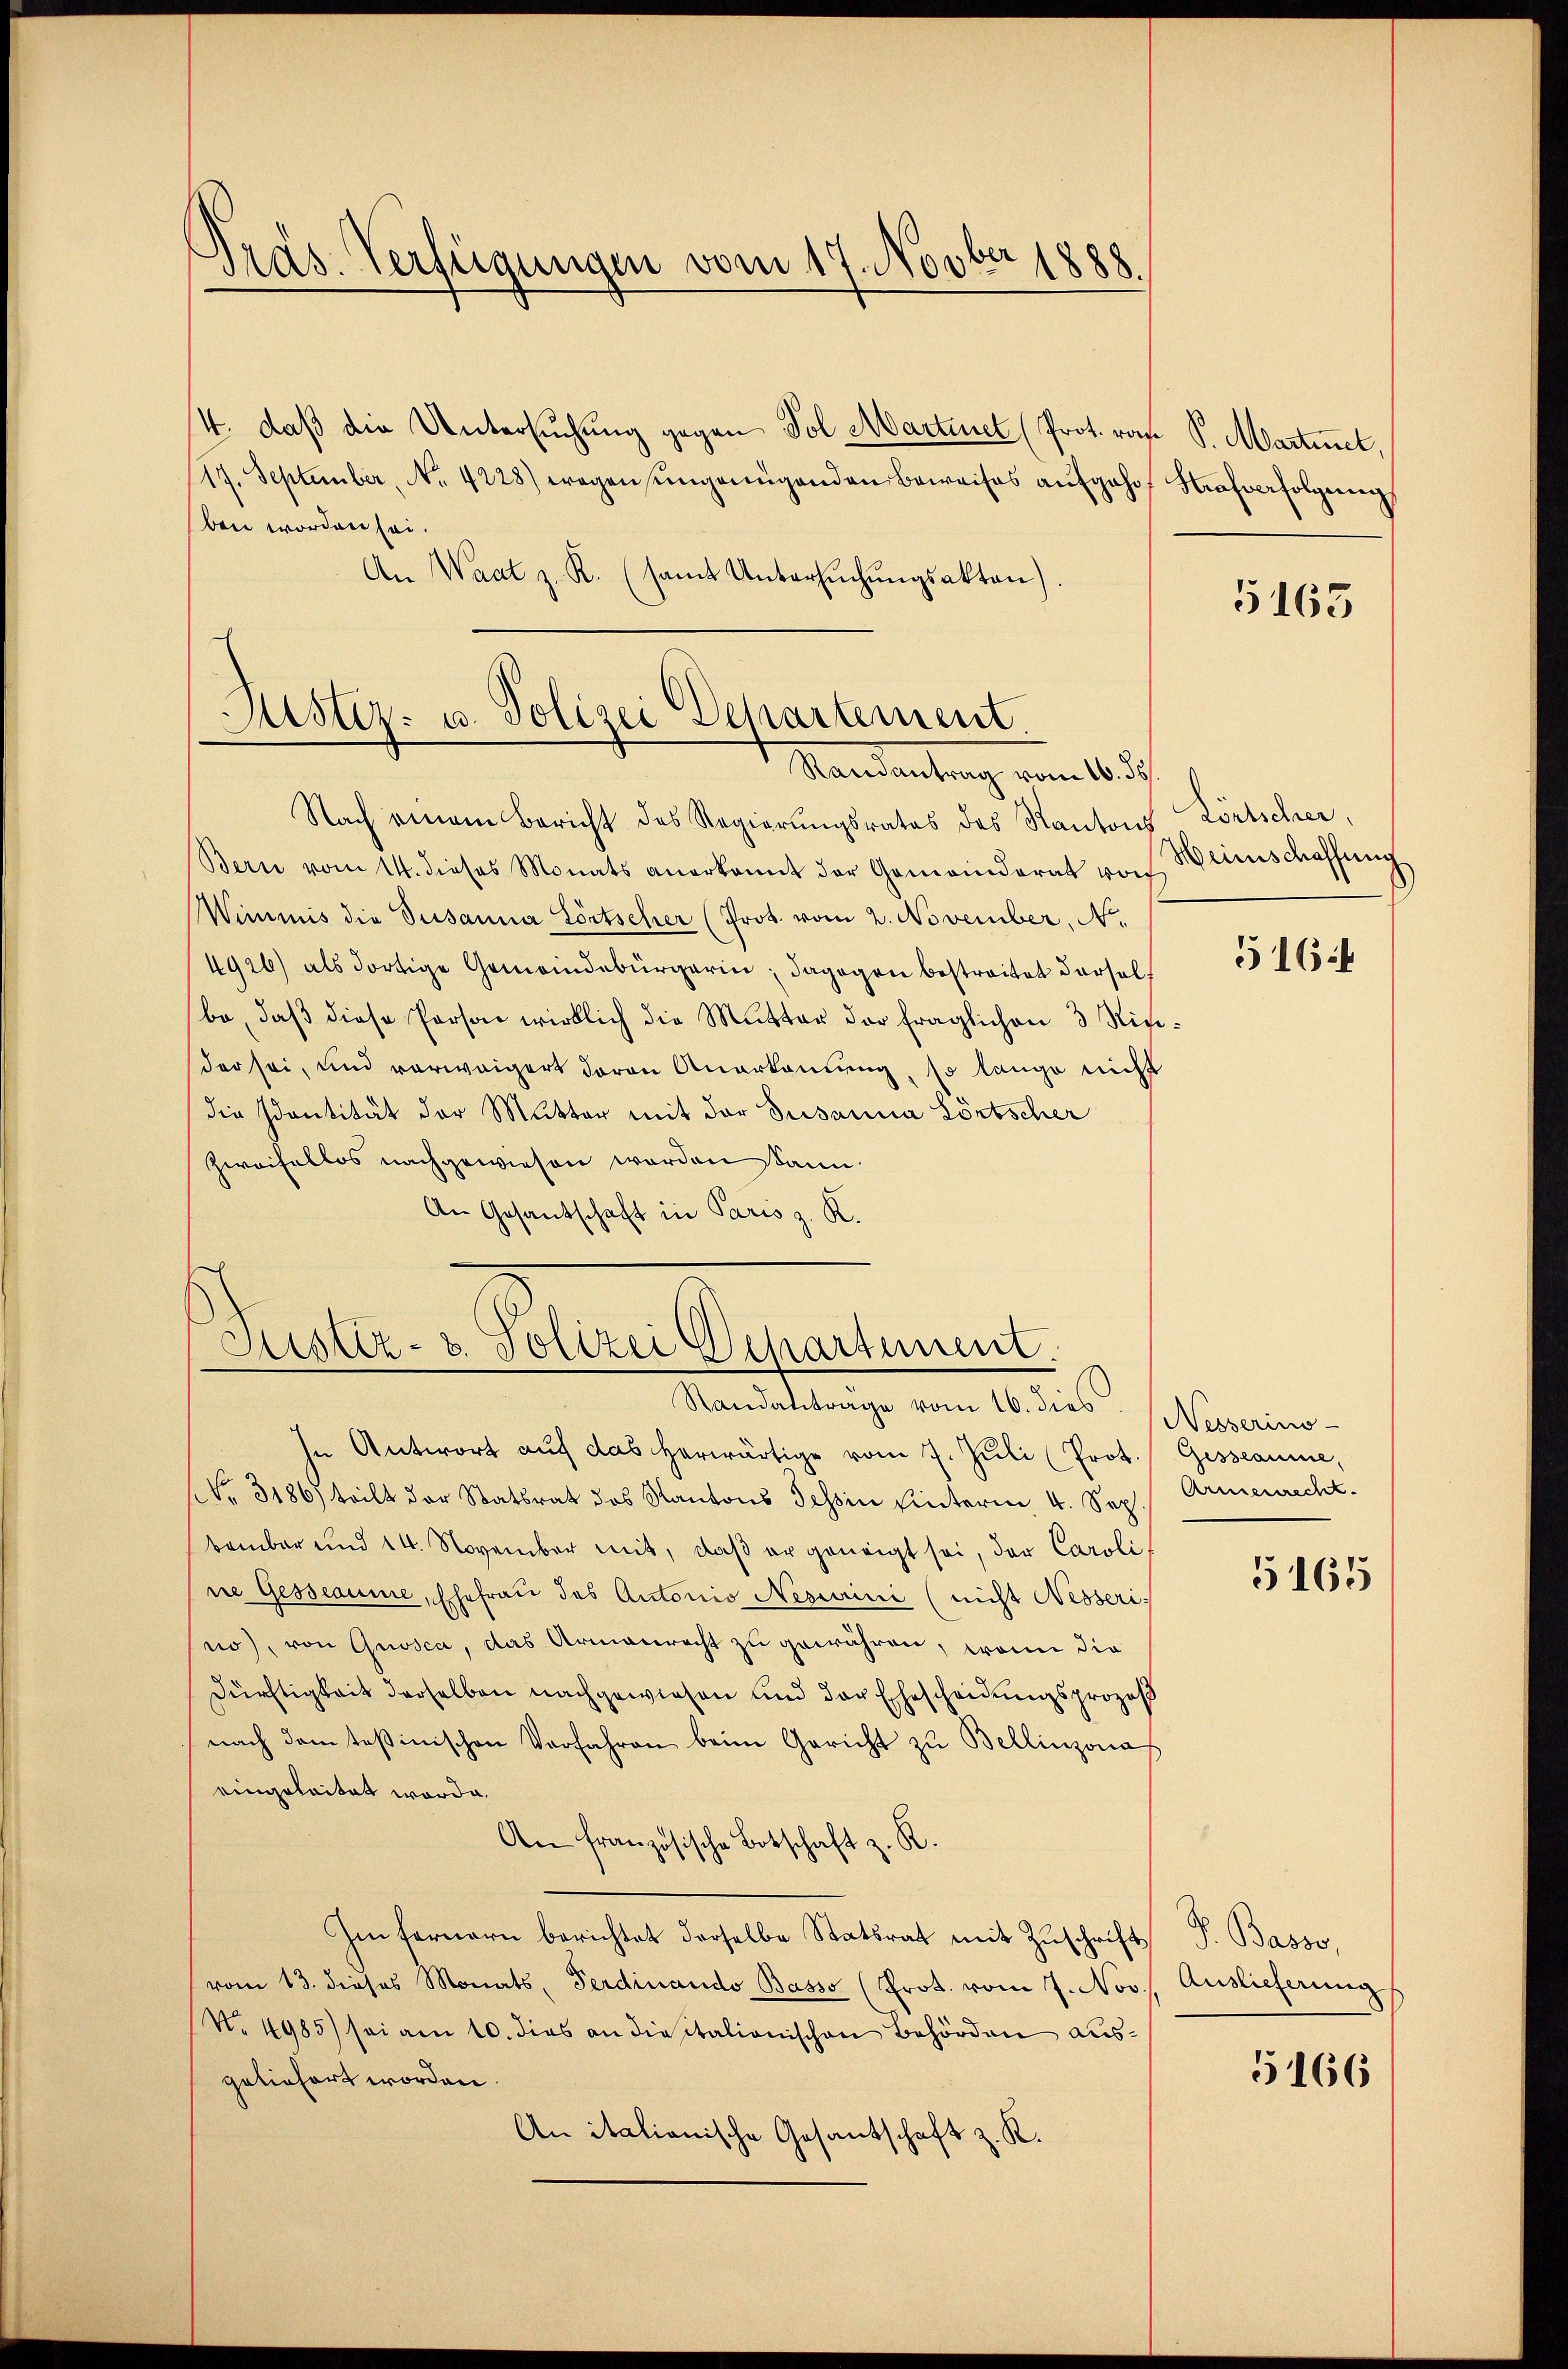
.
Präs. Verfügungen vom 17. Novber 1888

4. daβ die Untersŭchŭng gegen Fol. Martiel (Prot. rat S. Martinet,
17. September, No. 4228) wegensungenügenden Beweises aufgehe Haferfolgung
ben worden sei.
An Waat z. R. (samt Untersŭchŭngsakten)

Justiz- u. Polizei Departement.

Justiz- u. Polizei Departement.

Standanträge vom 16. dies Nepserino-
In Antwort auf das herwärtige vom 7. Juli (Prot. (Gesseaume,
NNo. 3186) teilt der Statsrat des Kantons Tessin hinterm 4. Sep. Armenrecht.
bambar und 14. November mit, daß er geneigt sei, der Caroli-
ne Gesseaume, Ehefrau des Autoris Nescini (nicht Nesseri
no), von Grosca, das Armenrecht zu gewähren, wenn die
Dürftigkeit derselben nachgewiesen und der Ehescheidungsprozeß
nach dem tasinischen Verfahren beim Gericht zu Bellinzona
eingeleitet worde.
An französische Botschaft z. K.
Im fernern berichtet derselbe Statsrat mit Zuschrift
vom 13. dieses Monats, Ferdinando Basso (Prot. vom 7. Nov. Auslieferung
(No 4985) sei am 10. dies an die stationischen Behörden ausgeliefert worden.
An italianische Gesantschaft z. K.

Standentrag von 1832.
Nach einem Bericht des Regierŭngsrates des Kantons Zörtscher,
Bern vom 14. dieses Monats anerkannt der Gemeinderat von Weinschaffŭng
Wimmis die Susanna Lörtscher (Prot. vom 2. November, No.
4926) als dortige Gemeindebürgerin; dagegen bestreitet darsol
be, daß diese Person wirklich die Mutter der fraglichen 3 Ninider sei, und verweigert davon Anerkanung, so lange nicht
die Identität der Mutter mit der Susanna Lörtscher
Zweifellos nachgewiesen worden kann.
An Gesandschaft in Paris z. R.

5163

5164

5165

P. Basso,

5166